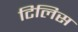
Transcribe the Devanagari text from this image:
टिलिस